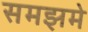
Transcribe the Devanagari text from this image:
समझमे